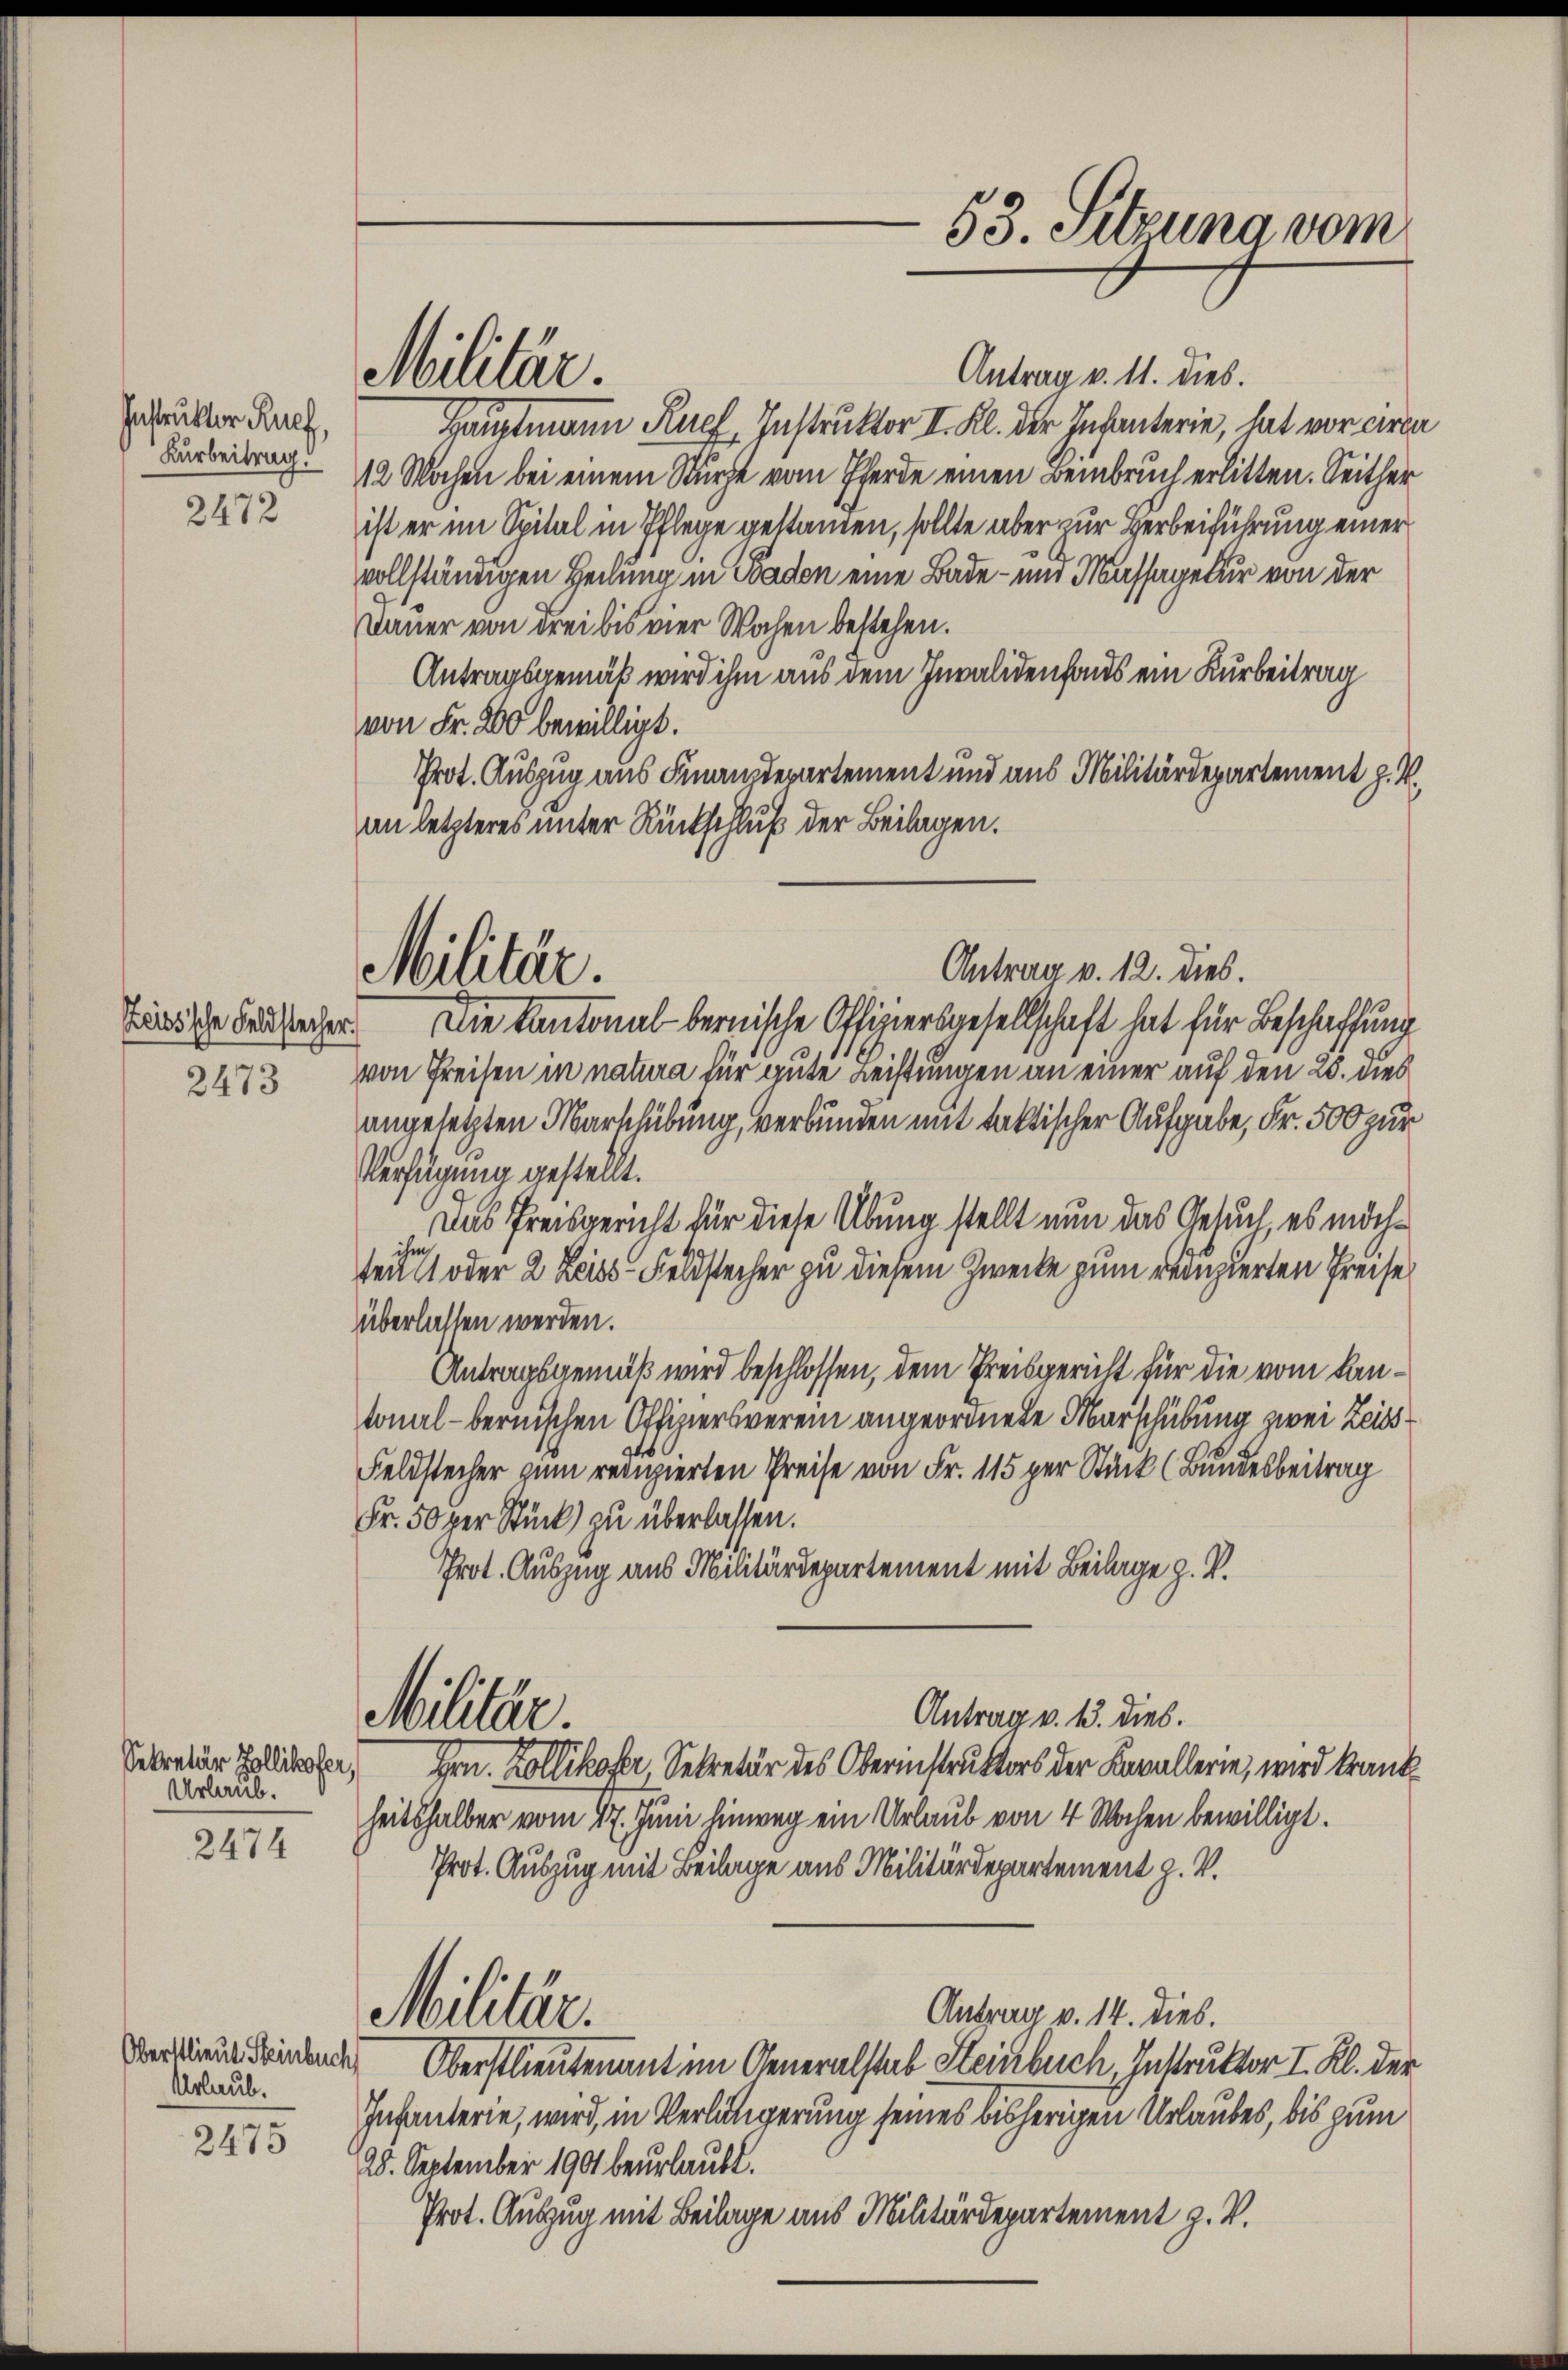
Instruktor Ruef,
2472

Zeissische Feldstecher.

2473

Urlaub.
2474

Oberstlieut. Steinbuch
Urlaub.
2475

Militär.

Militär.

Antrag v. 11. dies.
Hauptmann Ruef, Instruktor II. Kl. der Infanterie, hat vor circa
Farbeitrag. 12 Wochen bei einem Sturze vom Pferde einen Beinbruch erlitten. Seither
ist er im Spital in Pflege gestamen, sollte aber zur Herbeiführung einer
vollständigen Heilung in Baden eine Bade- und Massagetur von der
Dauer von drei bis vier Wochen bestehen.
Antragsgemäß wird ihm aus dem Invalidenfonds ein Kurbeitrag
von Fr. 200 bewilligt.
Prot. Auszug aus Finanzdepartement und aus Militärdepartement z. V.
an letzteres unter Rückschluß der Beilagen.
Die Kantonalbernische Offiziersgesellschaft hat für Beschaffung
von Preisen in natura für gute Leistungen an einer auf den 25. dies
angesetzten Marschübung, verbunden mit faktischer Aufgabe, Fr. 500 zur
Verfügung gestellt.
Das Preisgericht für diese Übung stellt nun das Gesuch, es möchihm
teal oder 2 Leids Feldstecher zu diesem Zwecke zum reduzierten Preise
überlassen werden.
Antragsgemäß wird beschlossen, dem Preisgericht für die vom Kantonal-bernischen Offiziersverein angeordnete Marschübung zwei Zeits
Feldstecher zum recipierten Preise von Fr. 115 per Stück (Bundesbeitrag
Fr. 50 per Stück zu überlassen.
Prot. Auszug aus Militärdepartement mit Beilage z. B.
Antrag v. 13. dies.
Militär.
Peratur Hollierten Hrn. Kollikofer, Sekretär des Oberinstruktors der Kavallerie, wird krank
heitshalber vom 17. Juni hinweg ein Urlaub von 4 Wochen bewilligt.
Prot. Auszug mit Beilage aus Militärdepartement z. V.
Antrag v. 14. dies.
Militär.
Oberstlieutenant im Generalstab Steinbuch, Instruktor I. Kl. der
Infanterie, wird, in Verlängerung seines bisherigen Urlaubes, bis zum
28. September 1901 beurlaubt.
Prot. Auszug mit Beilage aus Militärdepartement z. V.

53. Sitzung vom

Antrag v. 12. dies.